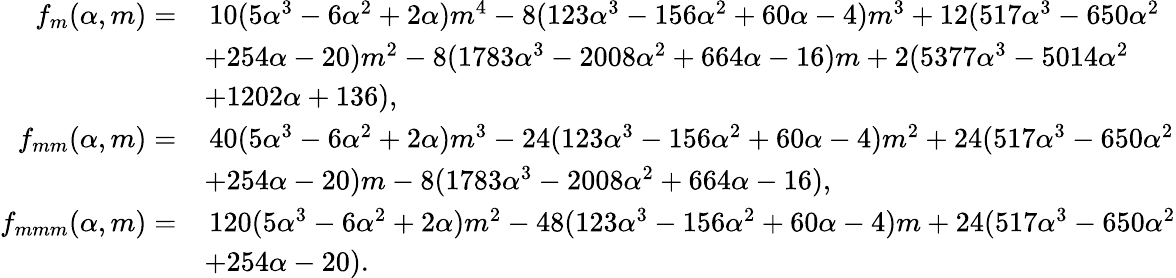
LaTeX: \begin{array}{rl}{f_{m}(\alpha,m)=}&{\, 10(5\alpha^{3}-6\alpha^{2}+2\alpha)m^{4}-8(123\alpha^{3}-156\alpha^{2}+60\alpha-4)m^{3}+12(517\alpha^{3}-650\alpha^{2}}\\ &{+254\alpha-20)m^{2}-8(1783\alpha^{3}-2008\alpha^{2}+664\alpha-16)m+2(5377\alpha^{3}-5014\alpha^{2}}\\ &{+1202\alpha+136),}\\ {f_{mm}(\alpha,m)=}&{\, 40(5\alpha^{3}-6\alpha^{2}+2\alpha)m^{3}-24(123\alpha^{3}-156\alpha^{2}+60\alpha-4)m^{2}+24(517\alpha^{3}-650\alpha^{2}}\\ &{+254\alpha-20)m-8(1783\alpha^{3}-2008\alpha^{2}+664\alpha-16),}\\ {f_{mmm}(\alpha,m)=}&{\, 120(5\alpha^{3}-6\alpha^{2}+2\alpha)m^{2}-48(123\alpha^{3}-156\alpha^{2}+60\alpha-4)m+24(517\alpha^{3}-650\alpha^{2}}\\ &{+254\alpha-20).}\end{array}